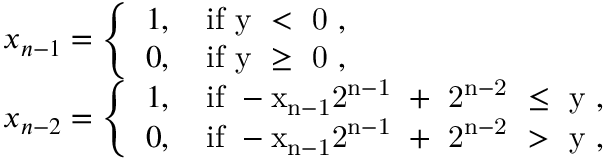
\begin{array} { r l } & { x _ { n - 1 } = \left\{ \begin{array} { l l } { 1 , \quad \mathrm { i f ~ y ~ < ~ 0 ~ , } } \\ { 0 , \quad \mathrm { i f ~ y ~ \geq ~ 0 ~ , } } \end{array} \right. } \\ & { x _ { n - 2 } = \left\{ \begin{array} { l l } { 1 , \quad \mathrm { i f ~ - x _ { n - 1 } 2 ^ { n - 1 } ~ + ~ 2 ^ { n - 2 } ~ \leq ~ y ~ } , } \\ { 0 , \quad \mathrm { i f ~ - x _ { n - 1 } 2 ^ { n - 1 } ~ + ~ 2 ^ { n - 2 } ~ > ~ y ~ } , } \end{array} \right. } \end{array}